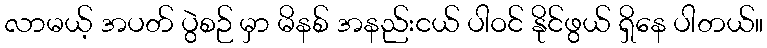
လာမယ့် အပတ် ပွဲစဉ် မှာ မိနစ် အနည်းငယ် ပါဝင် နိုင်ဖွယ် ရှိနေ ပါတယ်။